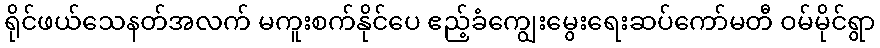
ရိုင်ဖယ်သေနတ်အလက် မကူးစက်နိုင်ပေ ဧည့်ခံကျွေးမွေးရေးဆပ်ကော်မတီ ဝမ်မိုင်ရွာ